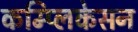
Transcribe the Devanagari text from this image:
कम्प्लिकेसन